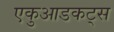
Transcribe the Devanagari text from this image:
एकुआडकट्स